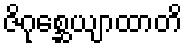
ဇိဂုစ္ဆေယျာထာတိ